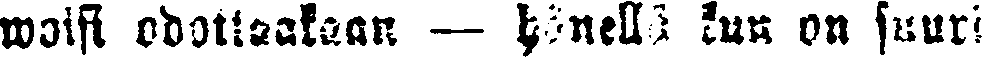
woisi odottaakaan — hänellä kun on suuri